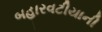
બહારવટીયાની